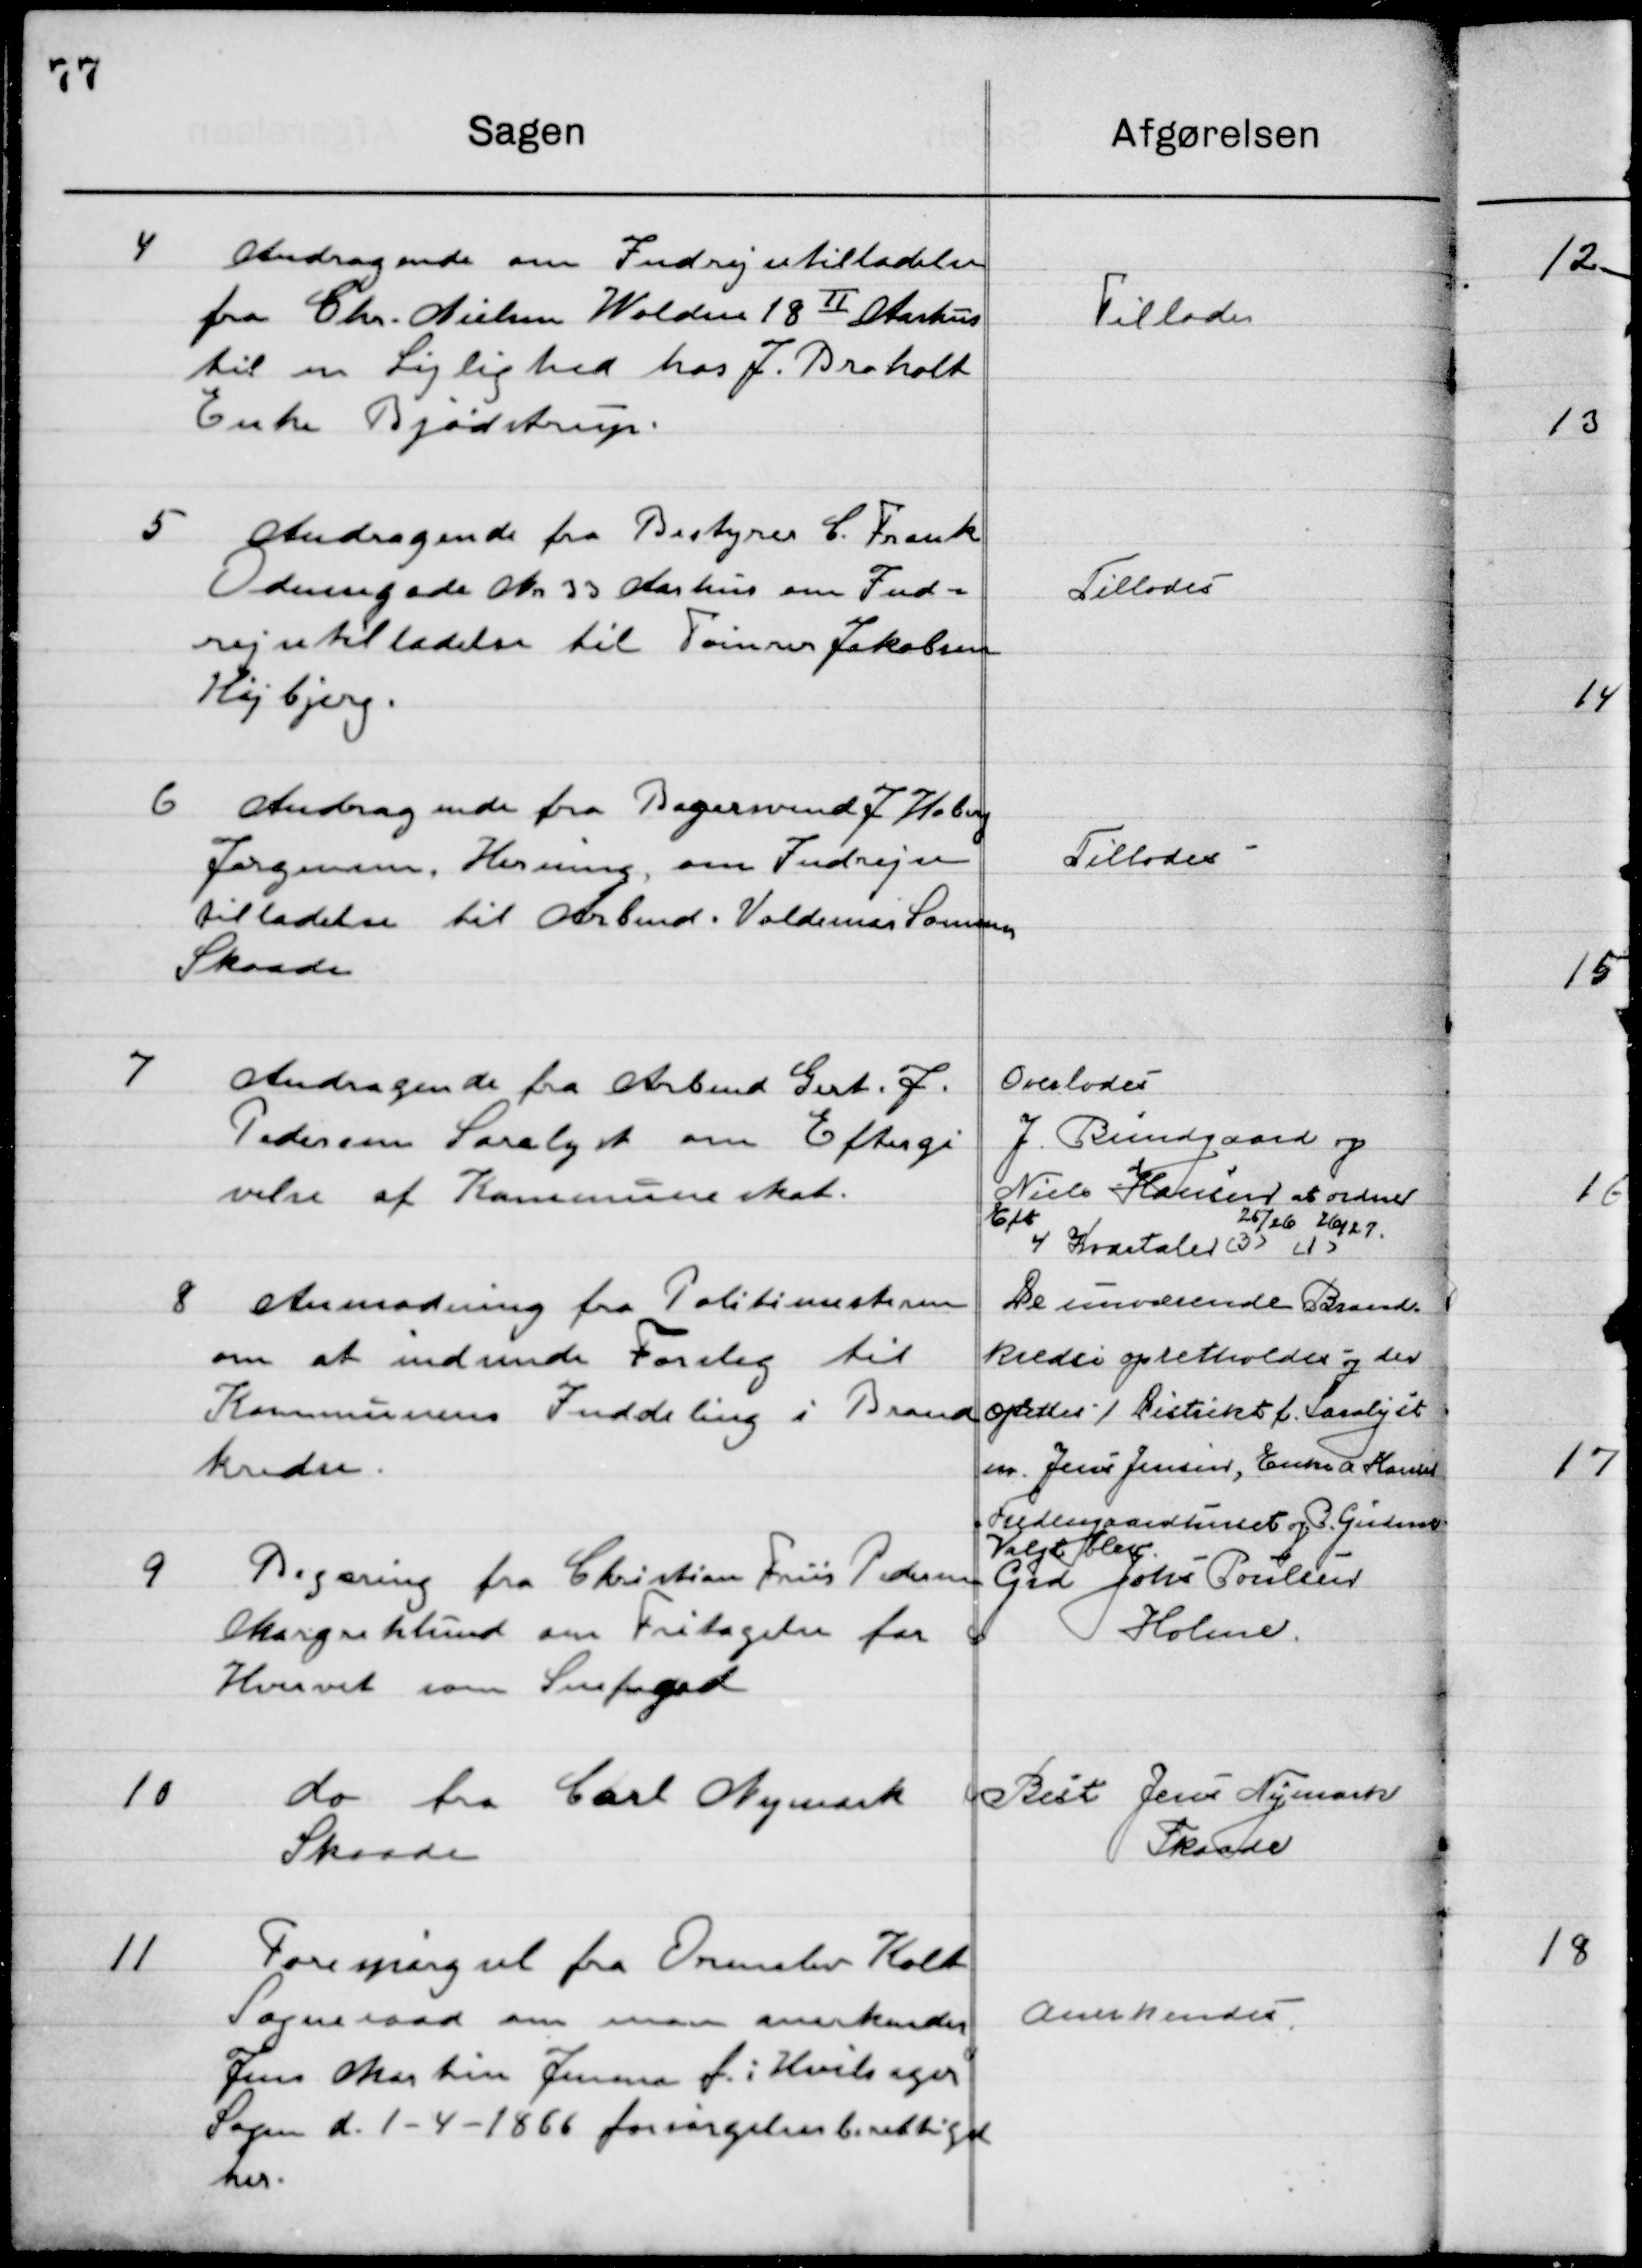
Transskription:
4

Andragende om Indrejsetilladelse
fra Chr. Nielsen Wolden 18 II Aarhus
til en Lejlighed hos J. Broholt
Enke Bjødstrup.

Tillodes

5

Andragende fra Bestyrer C. Frank
Odensegade Nr. 33 Aarhus om Ind-
rejsetilladelse til Tømmer Jakobsen
Højbjerg

Tillodes

6

Andragende fra Bagersvend J. Hoberg
Jørgensen, Herning, om Indrejse-
tilladelse til Arbmd. Valdemar Sommer
Skaade

Tillodes

7

Andragende fra Arbmd. Gert J.
Pedersen Saralyst om Eftergi- 
velse af Kommuneskat

Overlodes
J. Bundgaard og 
Niels Hansen at ordne 
Eft. 4 Kvartaler
25/26  26/27

8

Anmodning fra Politimesteren
om at indsende Forslag til
Kommunens Inddeling i Brand-
kreds.

De nuværende Brand-
Kreds opretholdes og der 
opstilles 1. distrikt f. Saralyst
m. Jens Jensen, Enke A. Hansen
Fredningaardhuset og P. Gudsen

9

Begæring fra Christian Friis Pedersen
Margret Lund om Fritagelse fra
Hvervet som Snefoged

Valgt blev
Gdr. Johs. Poulsen 
Holme

10

Do fra Nymark 
Skaade

Best Jens Nymark 
Skaade

11

Forespørgsel fra Ormslev Koldt
Sogneraad om man anerkender
Jens Martin Jensen f. i Hvilsager
Sogne d. 1-4-1866 forsørgelsesberettiget 
her.

Anerkendes.